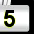
Digit: 5